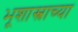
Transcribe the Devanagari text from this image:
भूशास्त्राच्या